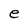
Character: e